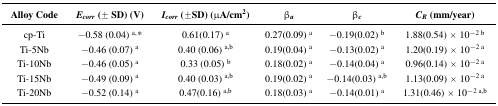
<table><thead><tr><td><b>Alloy Code</b></td><td><b><i>E<sub>corr</sub></i> (± SD) (V)</b></td><td><b><i>I<sub>corr</sub></i> (±SD) (μA/cm<sup>2</sup>)</b></td><td><b>β<i><sub>a</sub></i></b></td><td><b>β<i><sub>c</sub></i></b></td><td><b><i>C<sub>R</sub></i> (mm/year)</b></td></tr></thead><tbody><tr><td>cp-Ti</td><td>−0.58 (0.04) <sup>a,</sup>*</td><td>0.61(0.17) <sup>a</sup></td><td>0.27(0.09) <sup>a</sup></td><td>−0.19(0.02) <sup>b</sup></td><td>1.88(0.54) × 10<sup>−2 b</sup></td></tr><tr><td>Ti-5Nb</td><td>−0.46 (0.07) <sup>a</sup></td><td>0.40 (0.06) <sup>a,b</sup></td><td>0.19(0.04) <sup>a</sup></td><td>−0.13(0.02) <sup>a</sup></td><td>1.20(0.19) × 10<sup>−2 a</sup></td></tr><tr><td>Ti-10Nb</td><td>−0.46 (0.05) <sup>a</sup></td><td>0.33 (0.05) <sup>b</sup></td><td>0.18(0.02) <sup>a</sup></td><td>−0.14(0.04) <sup>a</sup></td><td>0.96(0.14) × 10<sup>−2 a</sup></td></tr><tr><td>Ti-15Nb</td><td>−0.49 (0.09) <sup>a</sup></td><td>0.40 (0.03) <sup>a,b</sup></td><td>0.19(0.02) <sup>a</sup></td><td>−0.14(0.03) <sup>a,b</sup></td><td>1.13(0.09) × 10<sup>−2 a</sup></td></tr><tr><td>Ti-20Nb</td><td>−0.52 (0.14) <sup>a</sup></td><td>0.47(0.16) <sup>a,b</sup></td><td>0.18(0.03) <sup>a</sup></td><td>−0.14(0.01) <sup>a</sup></td><td>1.31(0.46) × 10<sup>−2 a,b</sup></td></tr></tbody></table>